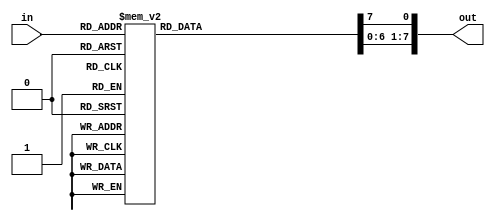
/*****************************************************************************
Description: 3 to 8 decoder using Behavioral abstraction
******************************************************************************/

module decoder_3to8_behavioral(
	input		[2:0]	in,
	output	reg	[7:0]	out
);

	always@(*)
	begin
		out = 8'h00;
		case(in)
			3'b000	: out[0] = 1'b1;
			3'b001	: out[1] = 1'b1;
			3'b010	: out[2] = 1'b1;
			3'b011	: out[3] = 1'b1;
			3'b100	: out[4] = 1'b1;
			3'b101	: out[5] = 1'b1;
			3'b110	: out[6] = 1'b1;
			3'b111	: out[7] = 1'b1;
			default	: out    = 8'h00;
		endcase
	end

endmodule